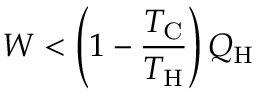
W < \left( 1 - { \frac { T _ { \mathrm { C } } } { T _ { \mathrm { H } } } } \right) Q _ { \mathrm { H } }